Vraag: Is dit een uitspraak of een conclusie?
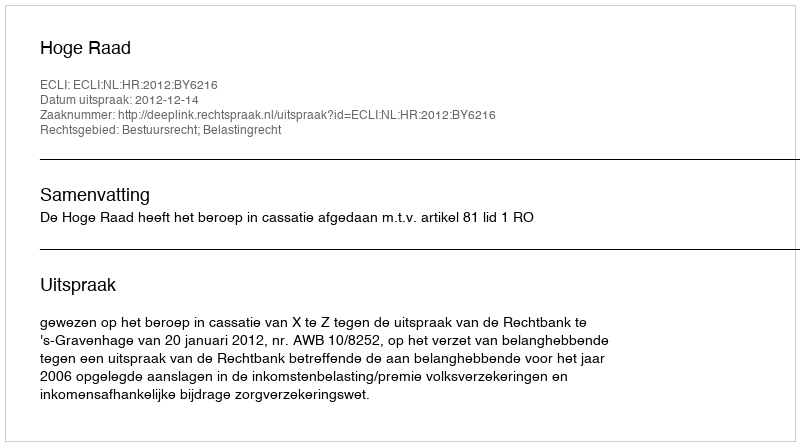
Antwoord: Uitspraak